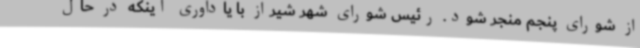
از شورای پنجم منجر شود. رئیس شورای شهر شیراز با یادآوری اینکه در حال